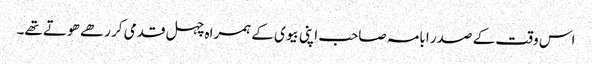
اس وقت کے صدر ابامہ صاحب اپنی بیوی کے ہمراہ چہل قدمی کر رھے ھوتے تھے۔